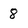
Character: 8